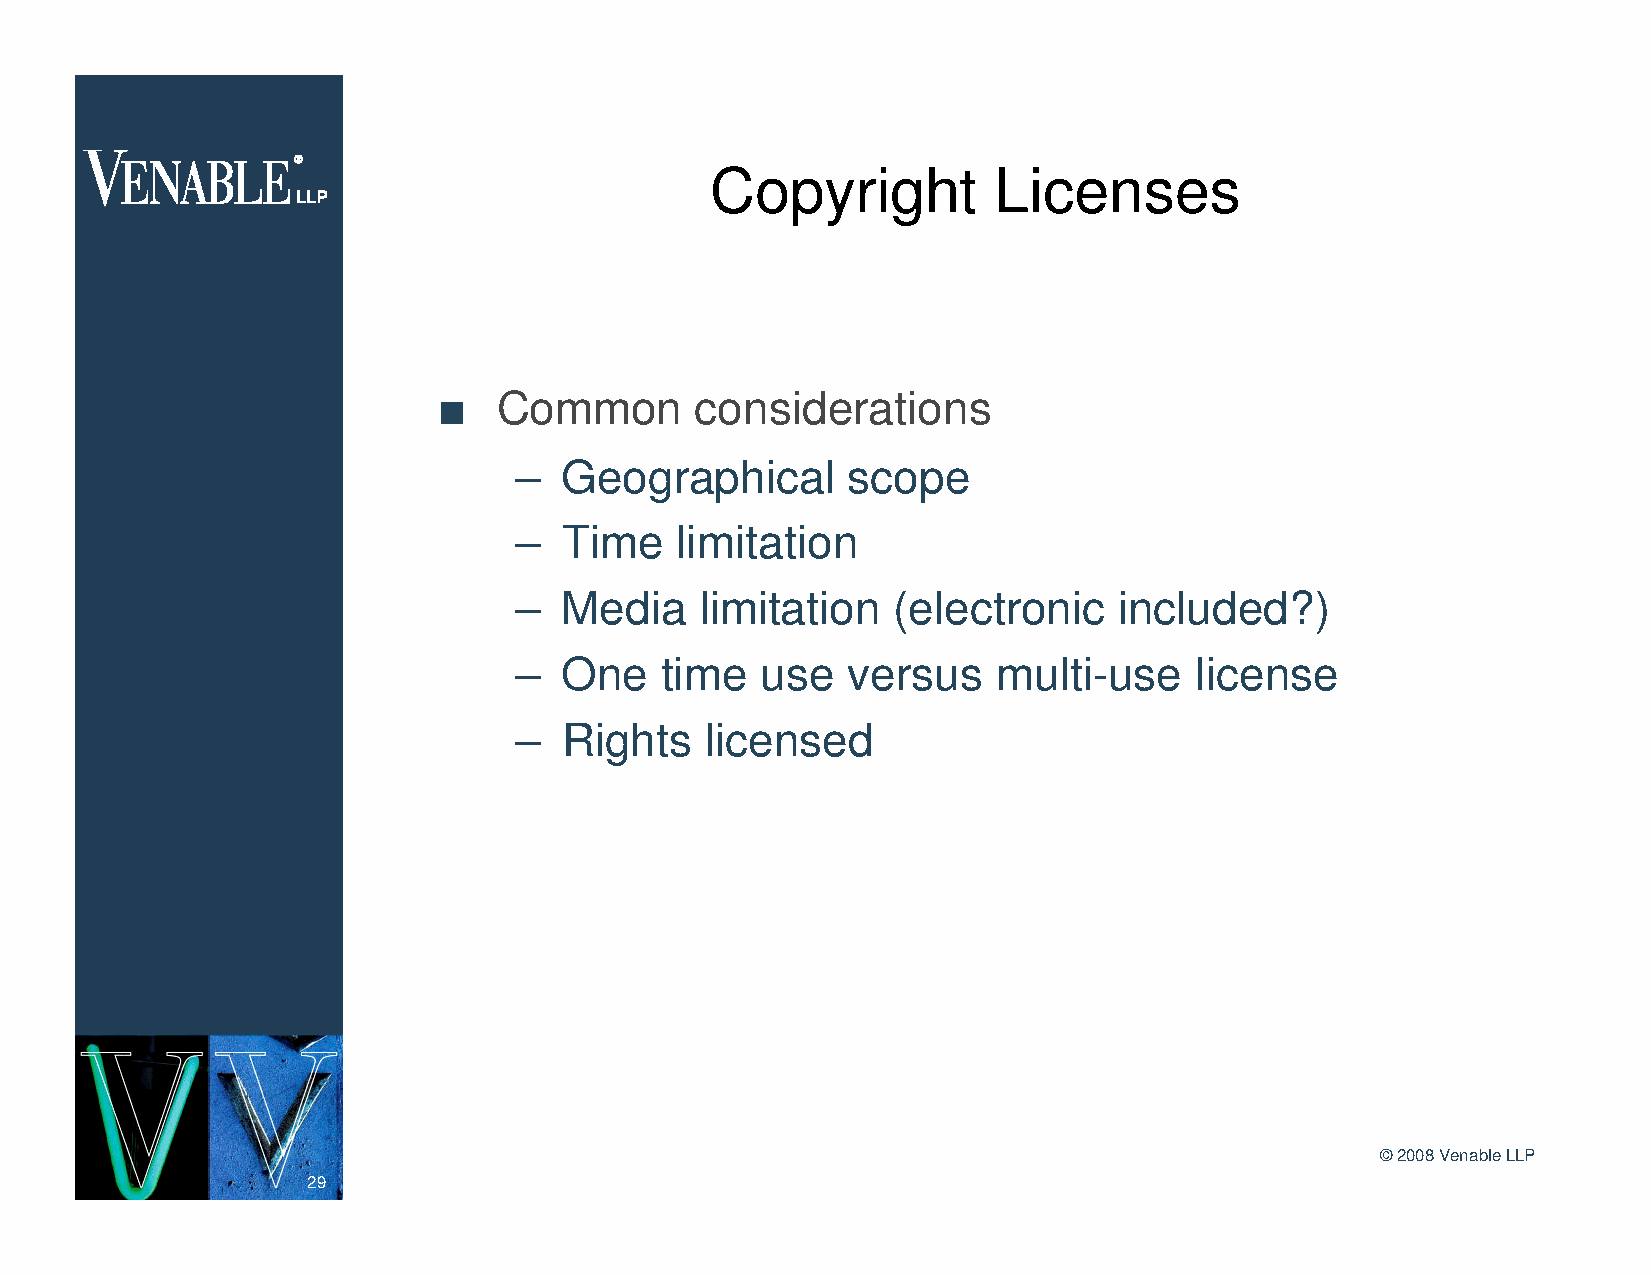
Copyright          Licenses
 n   Common       considerations
 –  Geographical       scope
 –  Time    limitation
 –  Media    limitation   (electronic    included?)
 –  One    time  use   versus    multi-use    license
 –  Rights    licensed
 ©2008 Venable LLP
 29